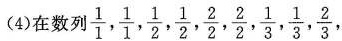
（4）在数列 \frac{1}{1}, \frac{1}{1}, \frac{1}{2}, \frac{1}{2}, \frac{2}{2}, \frac{2}{2}, \frac{1}{3}, \frac{1}{3}, \frac{2}{3},